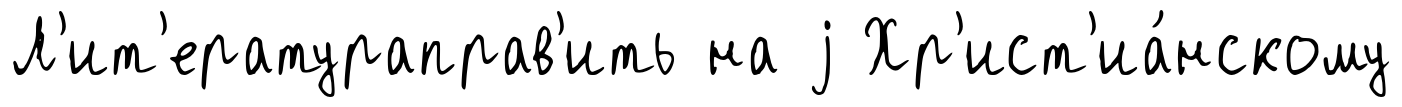
Л'ит'ератураправ'ить на j Хр'ист'иа́нскому